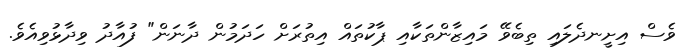
ވެސް އިށީނދެލައި ތިބެވޭ މައިޒާންތަކާއި ޕާކުތައް އިތުރަށް ހަދަމުން ދާނަން" ފުއާދު ވިދާޅުވިއެވެ.